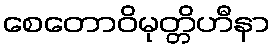
စေတောဝိမုတ္တိဟီနာ